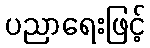
ပညာရေးဖြင့်